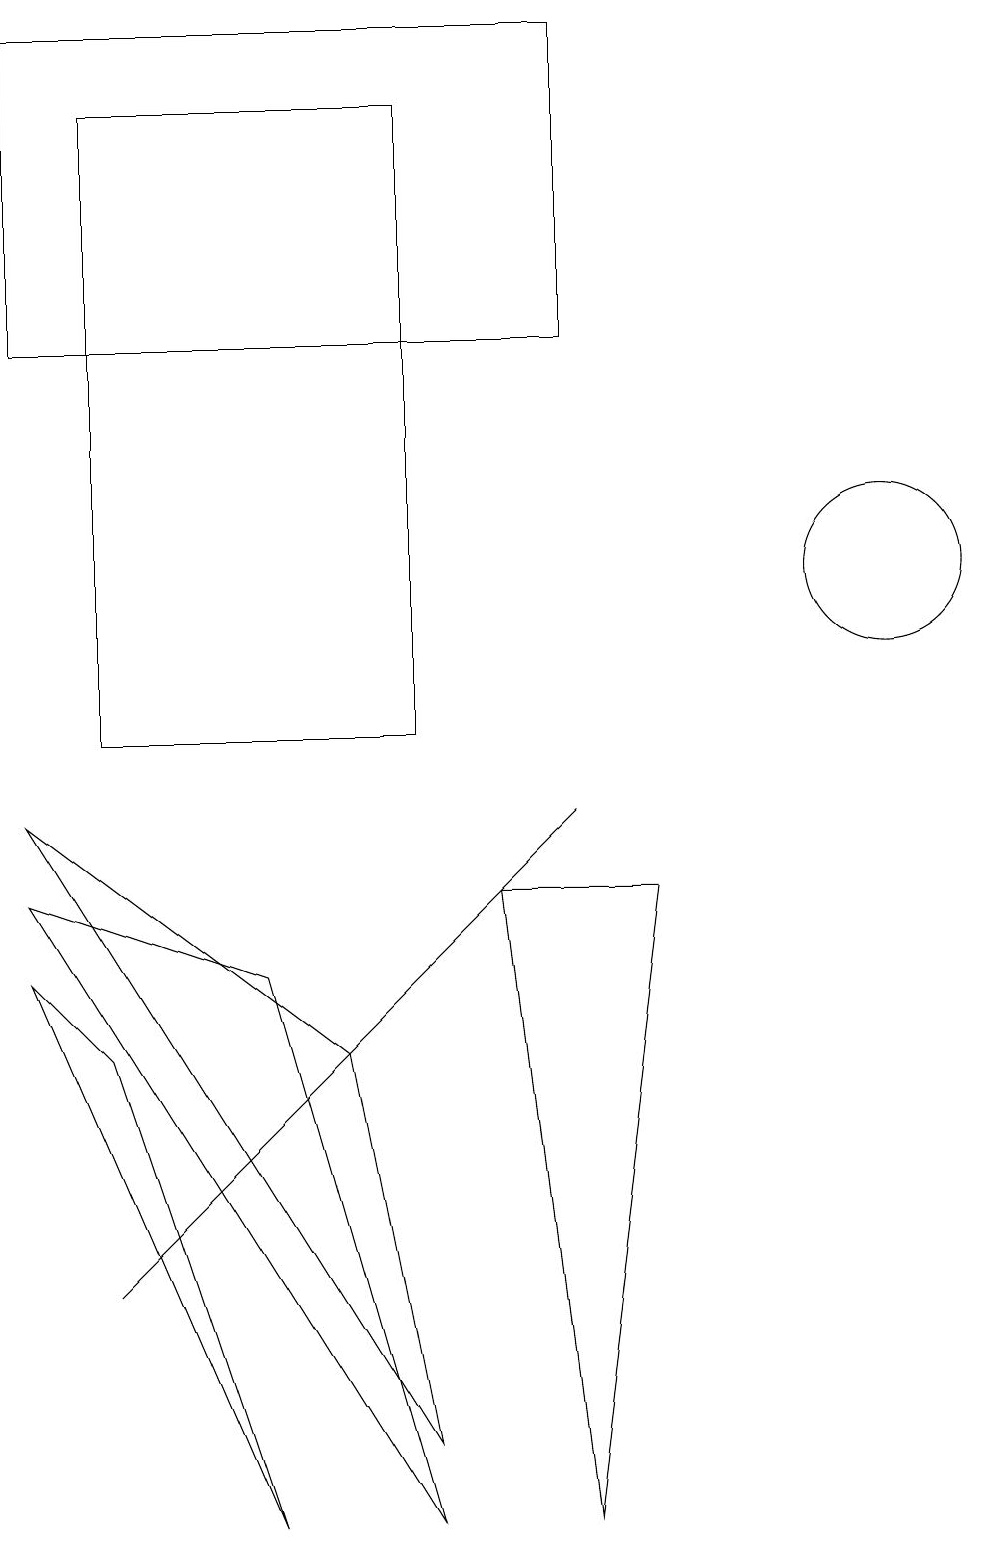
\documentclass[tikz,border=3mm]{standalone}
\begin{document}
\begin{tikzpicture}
\draw (0,8) -- (3,7) -- (5,0) -- cycle;
\draw (0,9) -- (5,1) -- (4,6) -- cycle;
\draw (6,8) -- (7,9) -- (1,3) -- cycle;
\draw (1,18) rectangle (5,10);
\draw (7,15) rectangle (0,19);
\draw (11,12) circle (1);
\draw (0,7) -- (3,0) -- (1,6) -- cycle;
\draw (7,0) -- (8,8) -- (6,8) -- cycle;
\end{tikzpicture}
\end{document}